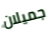
جميلان